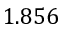
1 . 8 5 6